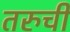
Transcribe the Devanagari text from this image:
तरुची